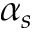
\alpha _ { s }